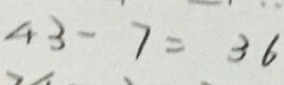
4 3 - 7 = 3 6